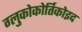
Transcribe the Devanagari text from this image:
ग्लुकोकोर्तिकोइद